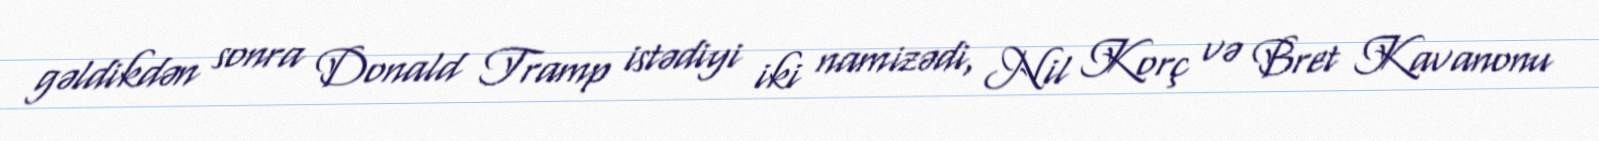
gəldikdən sonra Donald Tramp istədiyi iki namizədi, Nil Korç və Bret Kavanonu